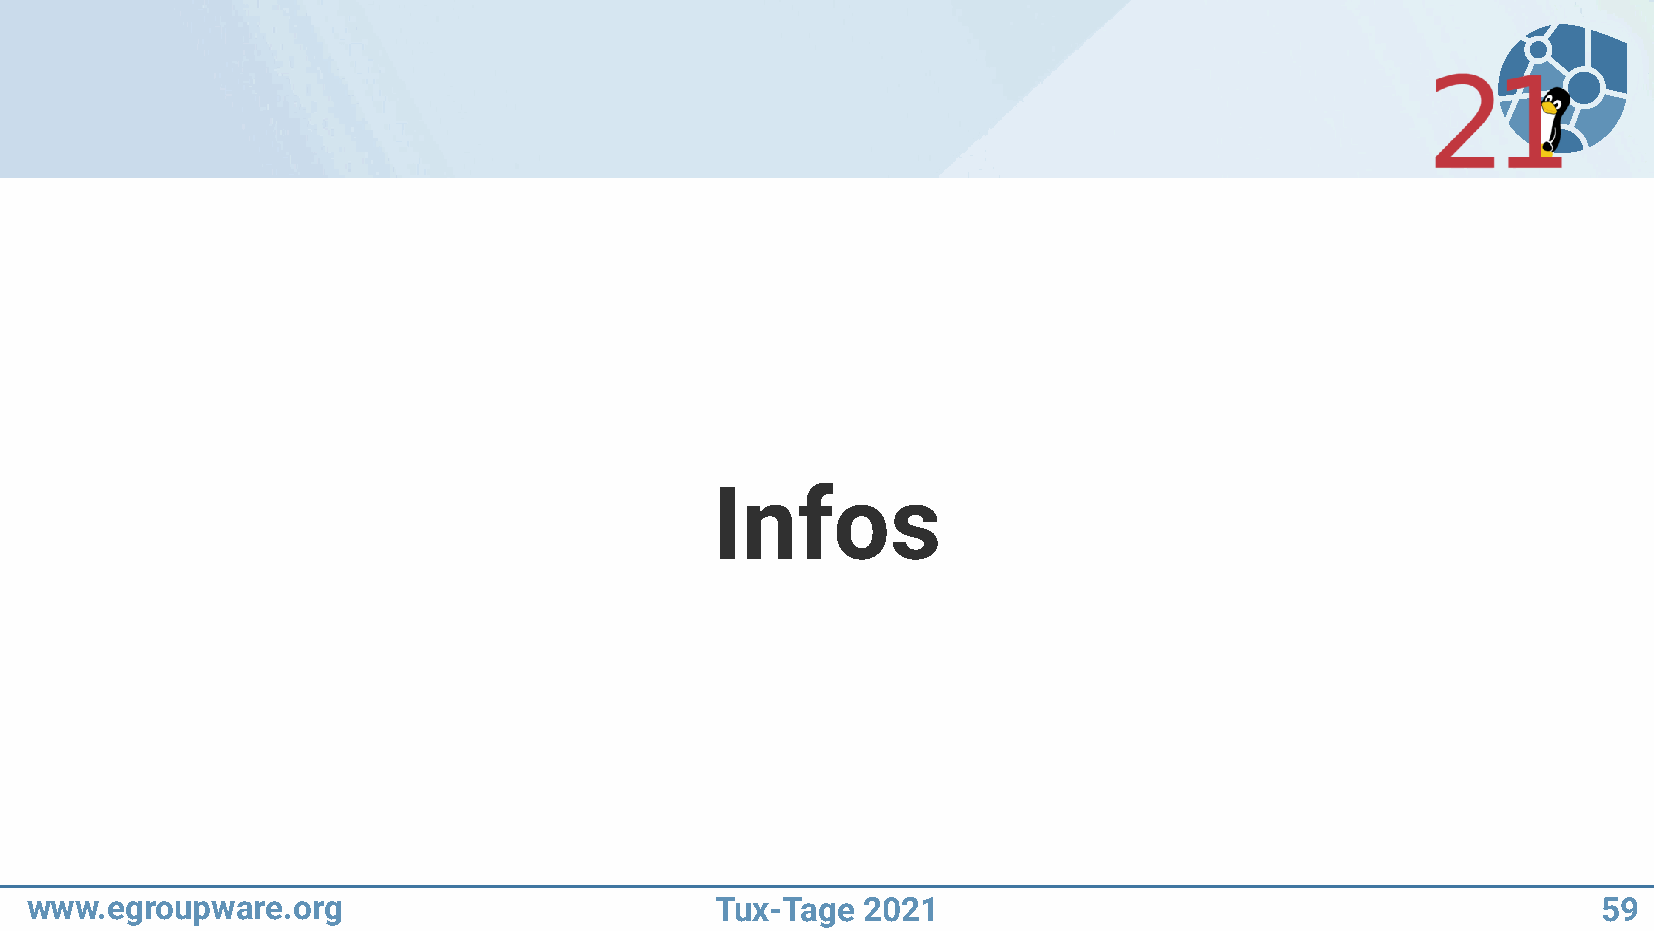
Infos
 www.egroupware.org                           Tux-Tage  2021                                             59